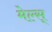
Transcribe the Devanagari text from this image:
मेल्स्